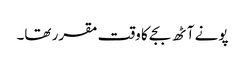
پونے آٹھ بجے کا وقت مقرر تھا۔